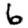
Digit: 6